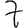
Digit: 7